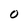
Character: O